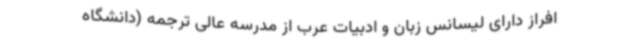
افراز دارای لیسانس زبان و ادبیات عرب از مدرسه عالی ترجمه (دانشگاه